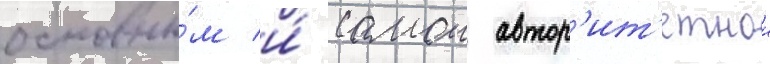
основны́м и́ самои автор'ит'етнои